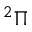
^ 2 \Pi